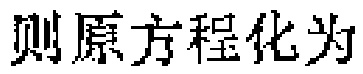
则原方程化为